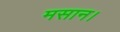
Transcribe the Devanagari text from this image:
मसान।